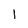
Character: 1